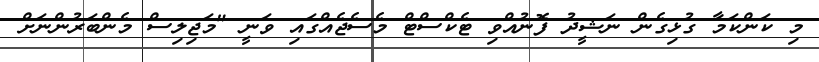
މި ކަންކަމާ ގުޅިގެން ނަޝީދު ފޮނުއްވި ޓެކްސްޓް މެސެޖެއްގައި ވަނީ "މަޖިލިސް މެންބަރުންނަށް